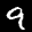
Label: 9